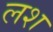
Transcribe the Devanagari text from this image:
लश